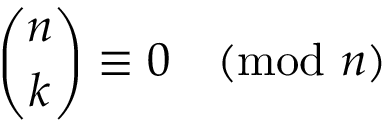
{ \binom { n } { k } } \equiv 0 { \pmod { n } }